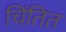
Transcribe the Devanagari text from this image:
चिंतित